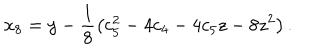
x _ { 8 } = y - \frac { 1 } { 8 } \left( c _ { 5 } ^ { 2 } - 4 c _ { 4 } - 4 c _ { 5 } z - 8 z ^ { 2 } \right) .